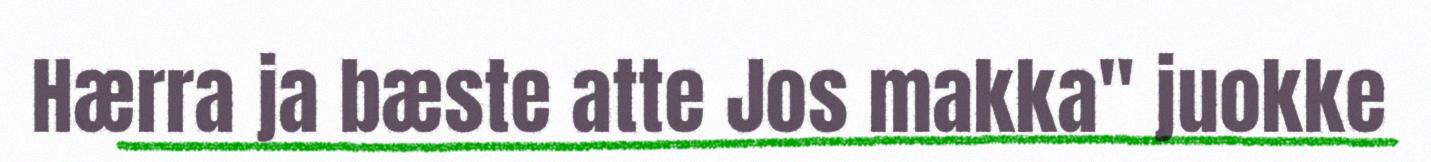
Hærra ja bæste atte Jos makka" juokke